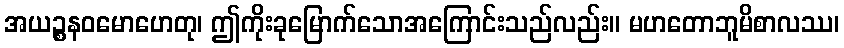
အယဉ္စနဝမောဟေတု၊ ဤကိုးခုမြောက်သောအကြောင်းသည်လည်း။ မဟတောဘူမိစာလဿ၊